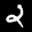
Label: 2